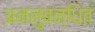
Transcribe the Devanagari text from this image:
अननुबन्धित